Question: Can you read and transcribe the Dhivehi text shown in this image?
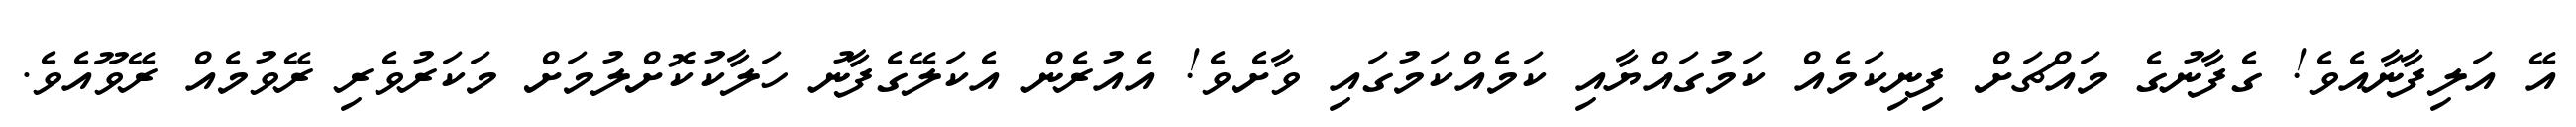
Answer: އޭ އަލިފާނާއެވެ! ގެފާނުގެ މައްޗަށް ފިނިކަމެއް ކަމުގައްޔާއި ކަމެއްކަމުގައި ވާށެވެ! އެއުރެން އެކަލޭގެފާނު ހަލާކުކޮށްލުމަށް މަކަރުވެރި ރޭވުމެއް ރޭވޫއެވެ.